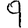
Digit: 9